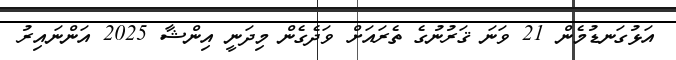
އަޅުގަނޑުމެން 21 ވަނަ ޤަރުނުގެ ތެރައަށް ވަދެގެން މިދަނީ އިންޝާ 2025 އަންނައިރު